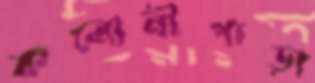
কলোনীপাড়া